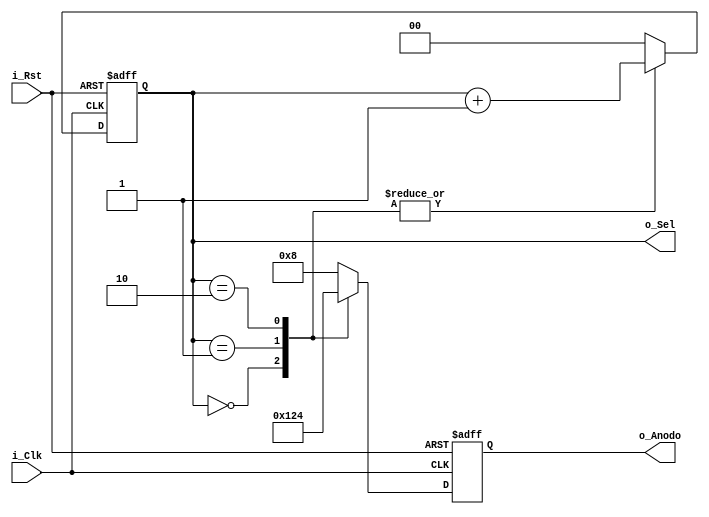
module Contador_de_anillo(
    input i_Clk,
    input i_Rst,
    output reg [3:0] o_Anodo,
    output reg [1:0] o_Sel);
    
 always @(posedge i_Rst, posedge i_Clk)
    begin
        if(i_Rst) begin
            o_Anodo<= 4'b0001;
            o_Sel<=2'b00;   
        end
        else begin
            case(o_Sel)
                2'b00: begin
                    o_Anodo<= 4'b0001;
                    o_Sel<=o_Sel+1;
                end
               2'b01: begin
                    o_Anodo<= 4'b0010; 
                    o_Sel<=o_Sel+1;
                end
                2'b10: begin
                    o_Anodo<= 4'b0100; 
                    o_Sel<=o_Sel+1;
                end
                default: begin 
                    o_Anodo<= 4'b1000;
                    o_Sel<=2'b00; 
                end
            endcase
        end 
    end

endmodule